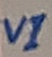
Text: VI